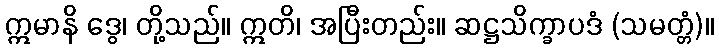
ဣမာနိ ဒွေ၊ တို့သည်။ ဣတိ၊ အပြီးတည်း။ ဆဋ္ဌသိက္ခာပဒံ (သမတ္တံ)။